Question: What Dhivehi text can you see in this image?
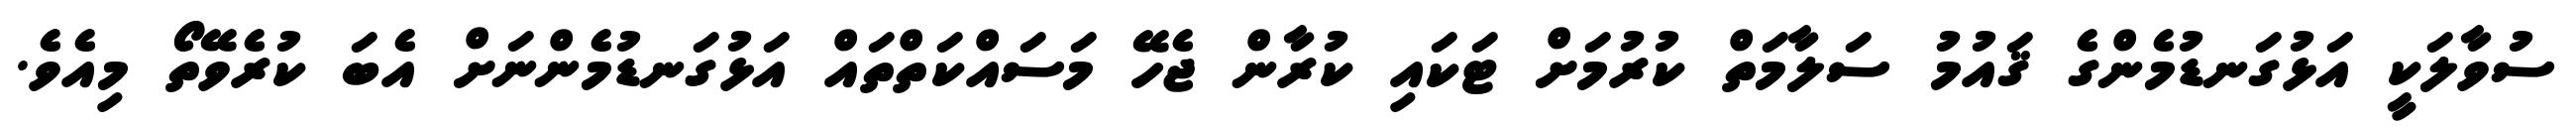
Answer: ސުވާލަކީ އަޅުގަނޑުމެންގެ ޤައުމު ސަލާމަތް ކުރުމަށް ޓަކައި ކުރާން ޖެހޭ މަސައްކަތްތައް އަޅުގަނޑުމެންނަށް އެބަ ކުރެވޭތޯ މިއެވެ.